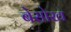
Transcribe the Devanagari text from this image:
बेसोख